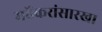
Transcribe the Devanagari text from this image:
मर्ढेकरांसारखा